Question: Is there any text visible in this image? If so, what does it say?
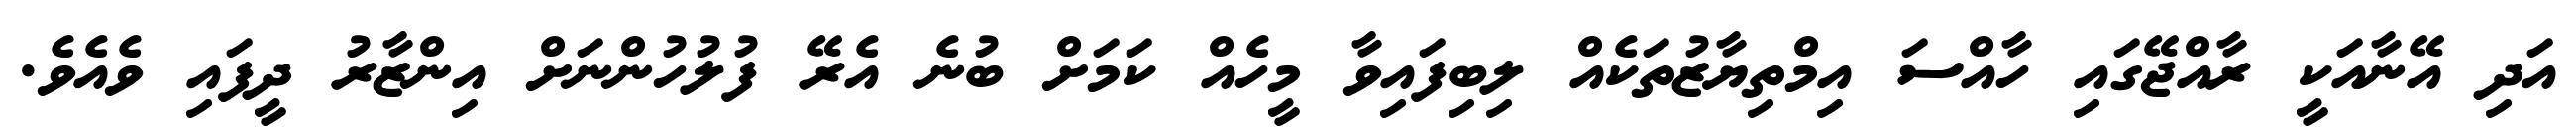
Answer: އަދި އޭނާއަކީ ރާއްޖޭގައި ހާއްސަ އިމްތިޔާޒުތަކެއް ލިބިފައިވާ މީހެއް ކަމަށް ބުނެ އެރޭ ފުލުހުންނަށް އިންޒާރު ދީފައި ވެއެވެ.